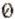
0